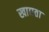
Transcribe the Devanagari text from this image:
खाद्यता